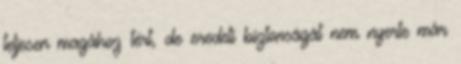
teljesen magához tért, de eredeti biztonságát nem nyerte már